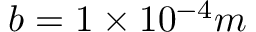
b = 1 \times 1 0 ^ { - 4 } m